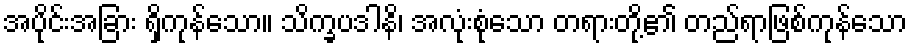
အပိုင်းအခြား ရှိကုန်သော။ သိက္ခပဒါနိ၊ အလုံးစုံသော တရားတို့၏ တည်ရာဖြစ်ကုန်သော